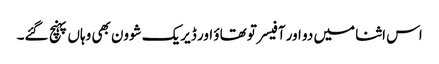
اس اثنا میں دو اور آفیسر تو تھاؤ اور ڈیریک شوون بھی وہاں پہنچ گئے۔